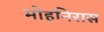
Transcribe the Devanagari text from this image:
मोहनिरास